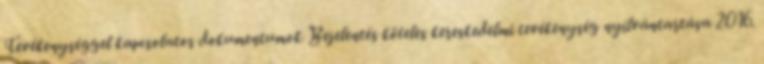
Tevékenységgel kapcsolatos dokumentumok Bejelentés köteles kereskedelmi tevékenység nyílvántartása 2016.